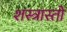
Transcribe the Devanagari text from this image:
शस्त्रास्तों